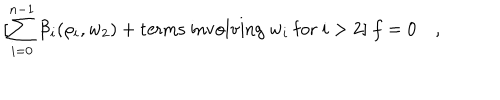
[ \sum _ { i = 0 } ^ { n - 1 } { \cal B } _ { i } ( \rho _ { i } , w _ { 2 } ) + \mathrm { t e r m s \ i n v o l v i n g \ } w _ { i } \mathrm { \ f o r \ } i > 2 ] \ f = 0 \quad ,